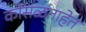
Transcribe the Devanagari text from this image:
कोसळताहेत